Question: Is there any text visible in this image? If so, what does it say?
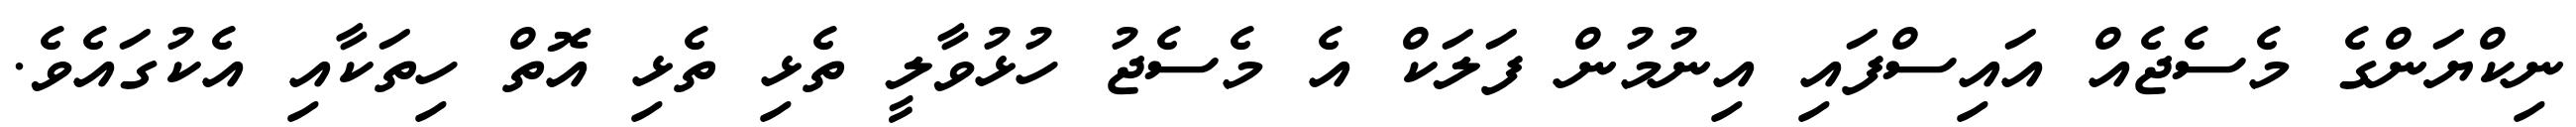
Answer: ނިކްޔަންގެ މެސެޖެއް އައިސްފައި އިނުމުން ފަލަކް އެ މެސެޖު ހުޅުވާލީ ތެޅި ތެޅި އޮތް ހިތަކާއި އެކުގައެވެ.